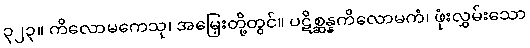
၃၂၃။ ကိလောမကေသု၊ အမြှေးတို့တွင်။ ပဋိစ္ဆန္နကိလောမကံ၊ ဖုံးလွှမ်းသော